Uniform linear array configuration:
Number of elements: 32
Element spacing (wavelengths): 1
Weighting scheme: hann
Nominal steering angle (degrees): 60
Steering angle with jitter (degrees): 60.956
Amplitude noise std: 0.05
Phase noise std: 0.05

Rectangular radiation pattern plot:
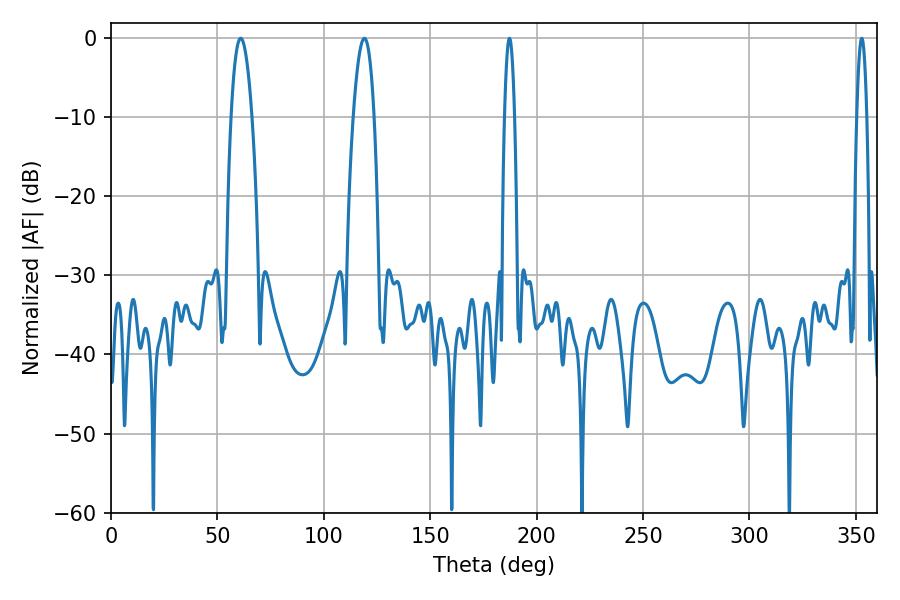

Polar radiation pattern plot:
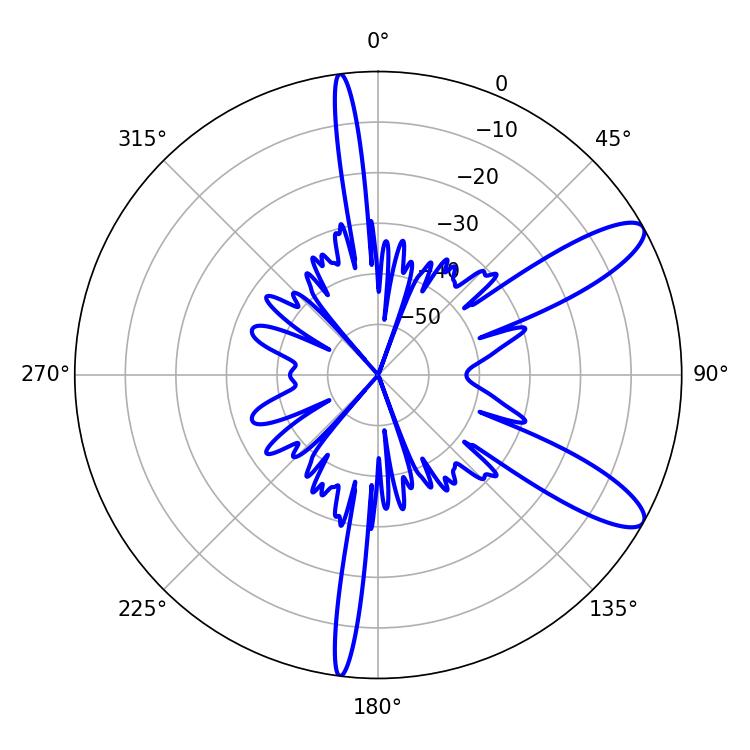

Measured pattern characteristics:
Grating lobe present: TRUE
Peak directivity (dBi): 10.8
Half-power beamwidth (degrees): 2.52
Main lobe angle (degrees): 187.2